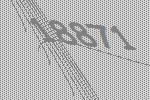
18871